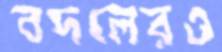
বদলেরও